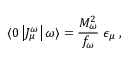
\langle 0 \left| J _ { \mu } ^ { \omega } \right| \omega \rangle = \frac { M _ { \omega } ^ { 2 } } { f _ { \omega } } \; \epsilon _ { \mu } \; ,